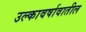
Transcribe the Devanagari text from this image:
उल्कावर्षावातील